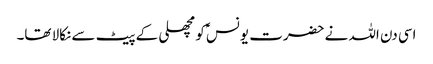
اسی دن اللہ نے حضرت یونسؑ کو مچھلی کے پیٹ سے نکالا تھا۔